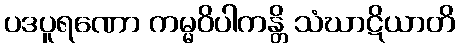
ပဒပူရဏော ကမ္မဝိပါကန္တိ သံဃာဋိယာတိ